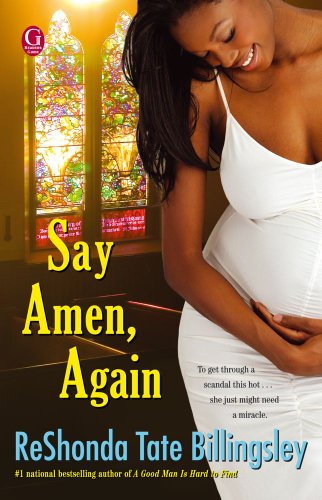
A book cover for Say Amen, Again; ReShonda Tate Billingsley; Literature & Fiction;